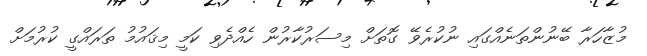
މުޒާހަރާ ބޭނުންތަނެއްގައި ނުކުރެވޭ ގޮތަށް މިސަރުކާރުން ހެއްދެވި ކަމީ މިޤައުމު ތަރައްގީ ކުރުމަށް